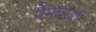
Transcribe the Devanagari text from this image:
पैगंबराला